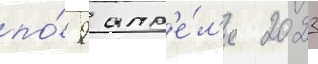
по́ 9 апр'е́л'я 2023